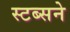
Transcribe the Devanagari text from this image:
स्टब्सने